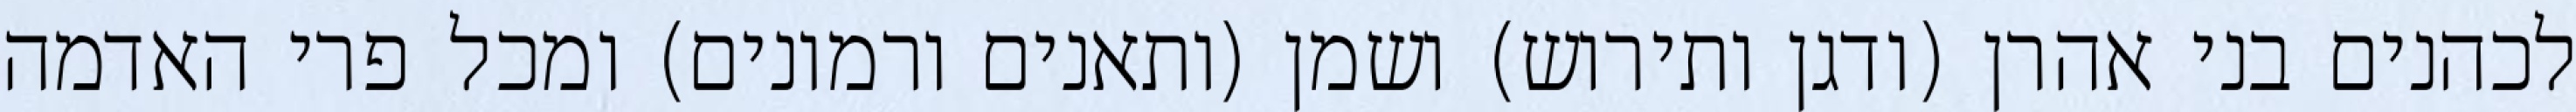
לכהנים בני אהרן (ודגן ותירוש) ושמן (ותאנים ורמונים) ומכל פרי האדמה